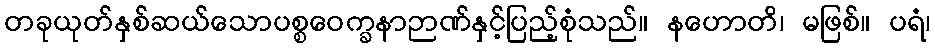
တခုယုတ်နှစ်ဆယ်သောပစ္စဝေက္ခနာဉာဏ်နှင့်ပြည့်စုံသည်။ နဟောတိ၊ မဖြစ်။ ပရံ၊